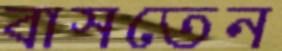
বাসতেন